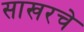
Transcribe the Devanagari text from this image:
साखरचे